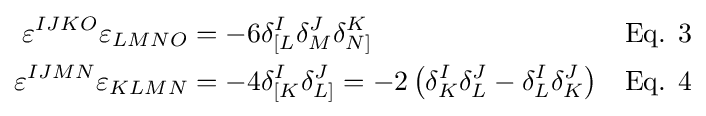
{\begin{aligned}\varepsilon ^{IJKO}\varepsilon _{LMNO}&=-6\delta _{[L}^{I}\delta _{M}^{J}\delta _{N]}^{K}&&{\text{Eq. 3}}\\\varepsilon ^{IJMN}\varepsilon _{KLMN}&=-4\delta _{[K}^{I}\delta _{L]}^{J}=-2\left(\delta _{K}^{I}\delta _{L}^{J}-\delta _{L}^{I}\delta _{K}^{J}\right)&&{\text{Eq. 4}}\end{aligned}}